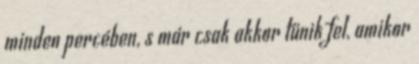
minden percében, s már csak akkor tűnik fel, amikor